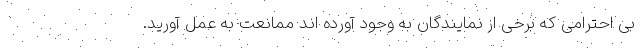
بی احترامی که برخی از نمایندگان به وجود آورده اند ممانعت به عمل آورید.